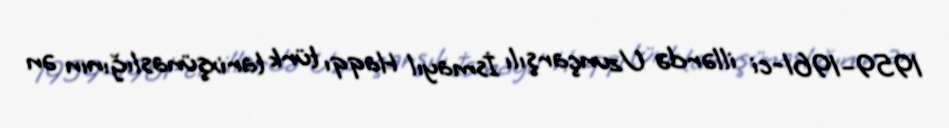
1959–1961-ci illərdə Uzunçarşılı İsmayıl Haqqı türk tarixşünaslığının ən